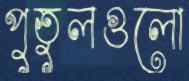
পুতুলগুলো